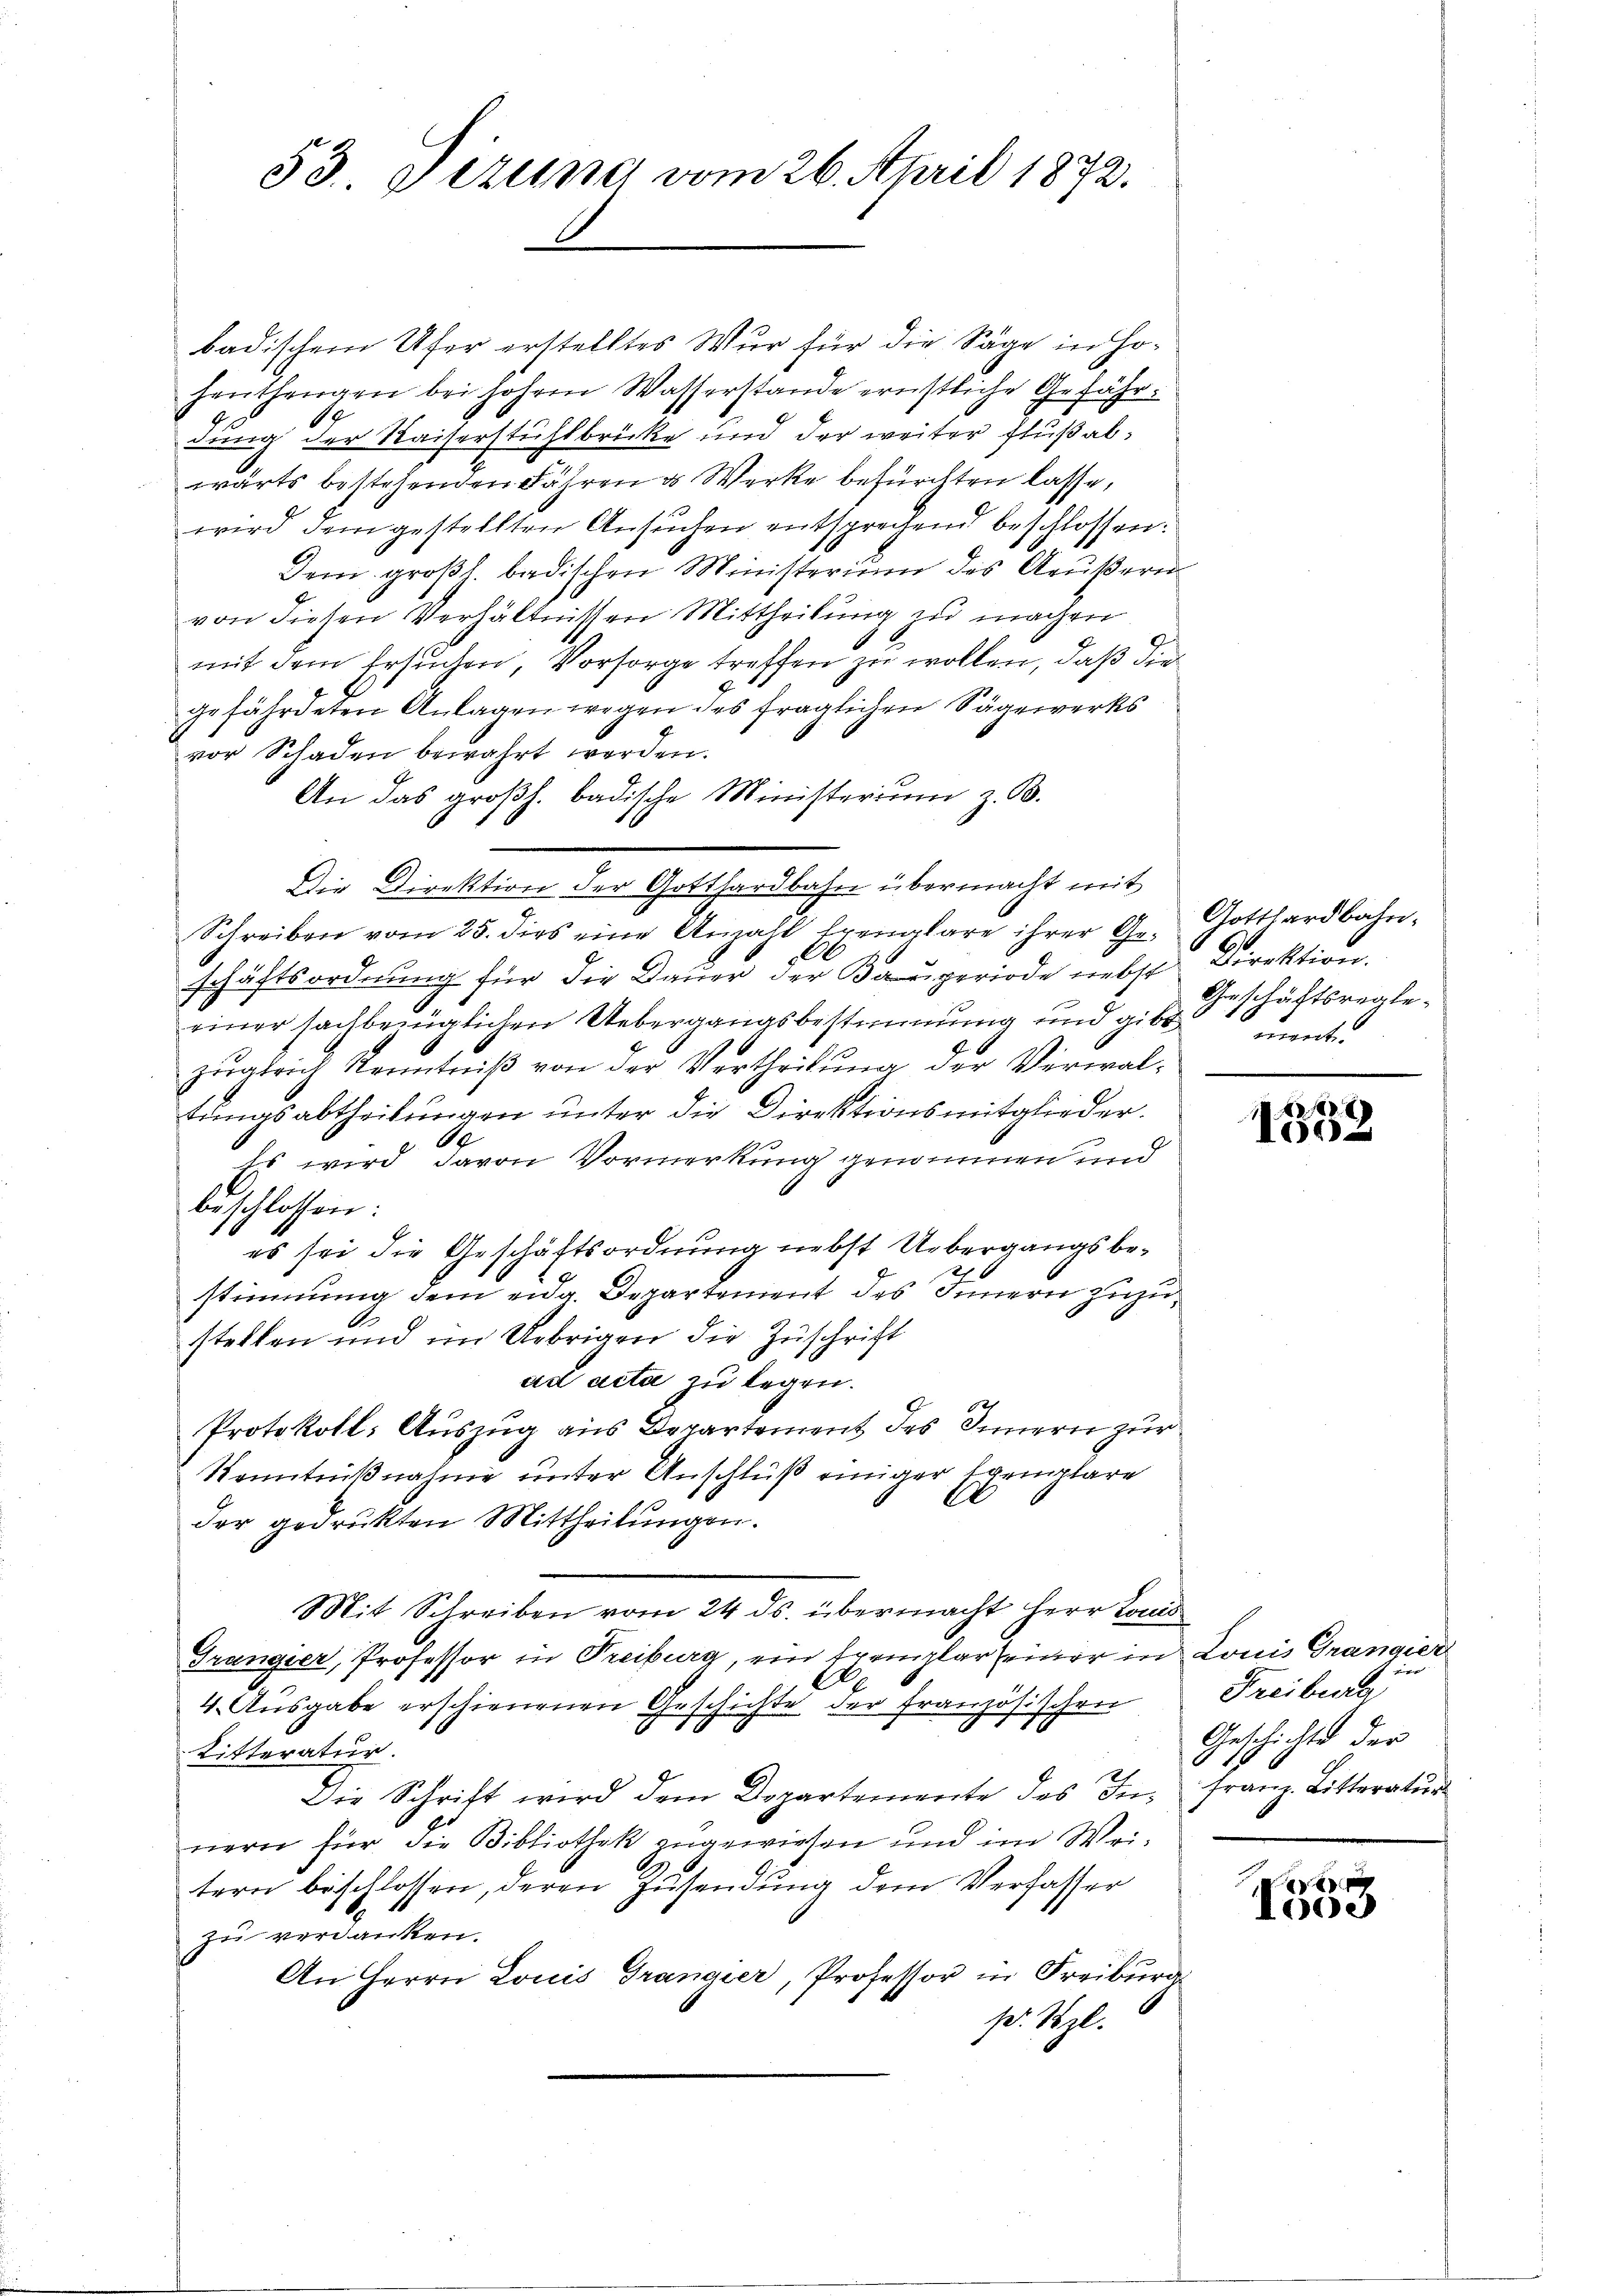
53. Dizung vom 26. April 1872.

badischem Ufer erstelltes Wur für die Säge in Hohenthangen bei hohem Wasserstande ernstliche Gefähr¬
19
dung der Kaiserstühlbrücke und der weiter Fluß alwärts bestehenden Fähren & Werke befürchten lasse,
wird dem gestellten Ansŭchen entsprechend beschlossen:
Dem großh. badischen Ministerium des Aeußern
von diesen Verhältnissen Mittheilung zu machen.
mit dem Ersuchen, Vorsorge treffen zu wollen, daß die
gefährdeten Anlagen wegen des fraglichen Sägewerks
vor Schaden bewahrt werden.
An das großh. badische Ministerium z. B.
Die Direktion der Gotthardbahn übermacht mit
Schreiben vom 25. dies eine Anzahl Exemplare ihrer Ge- Gotthardbahn-
schäftsordnung für die Dauer der Bauperiode nebst Direktion,
einer sachbezüglichen Uebergangsbestimmung und gibt unt
zugleich Kenntniß von der Vertheilung der Verwaltungsabtheilungen unter die Direktionsmitglieder.
A
Es wird davon Vormerkung genommen und
beschlossen:
es sei die Geschäftsordnung nebst Uebergangsbe¬
26
stimmung dem eidg. Departement des Innern zuzustellen und im Uebrigen die Zuschrift
ad acta zu legen.
Protokoll: Auszug aus Departement des Innern zur
Kenntnißnahme unter Anschluß einiger Exemplare
der gedruckten Mittheilungen.
Mit Schreiben vom 24. ds. übermacht Herr Louis
Grangier, Professor in Treiburg, ein Exemplar seiner in Louis Grangier
4. Ausgabe erschienenen Geschichte der Französischen
Ritteratur.
Die Schrift wird dem Departemente des In- Franz Litteratur
nern für die Bibliothek zugewiesen und im Weitern beschlossen, deren Zusendung dem Verfasser
zu verdanken.
An Herrn Louis Drangier, Professor in Freiburg
pr. Szl.

Geschäftsregle¬

.
1502

Freibera
Geschichte der

d
1000